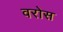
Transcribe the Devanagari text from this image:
वरोस